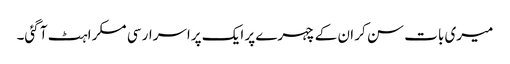
میری بات سن کر ان کے چہرے پر ایک پراسرار سی مسکراہٹ آ گئی۔